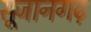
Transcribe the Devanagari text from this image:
सूजानगढ़